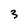
Character: 3